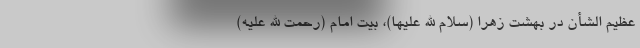
عظیم الشأن در بهشت زهرا (سلام الله علیها)، بیت امام (رحمت الله علیه)